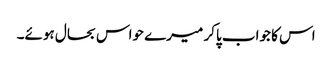
اس کا جواب پاکر میرے حواس بحال ہوئے۔